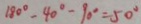
1 8 0 ^ { \circ } - 4 0 ^ { \circ } - 9 0 ^ { \circ } = 5 0 ^ { \circ }